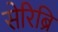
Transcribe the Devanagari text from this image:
सेरिब्रि